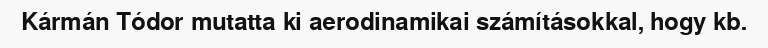
Kármán Tódor mutatta ki aerodinamikai számításokkal, hogy kb.